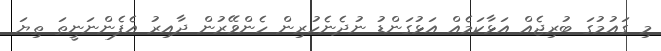
މި ގައުމުގަ ބުރިޖެއް އަޅާކަމެއް އަޅުގަންޑު ނުދެނެހުރިން ހެންވޭރުން ދާއިރު އެފެންނަނީތަ ތިޔަ